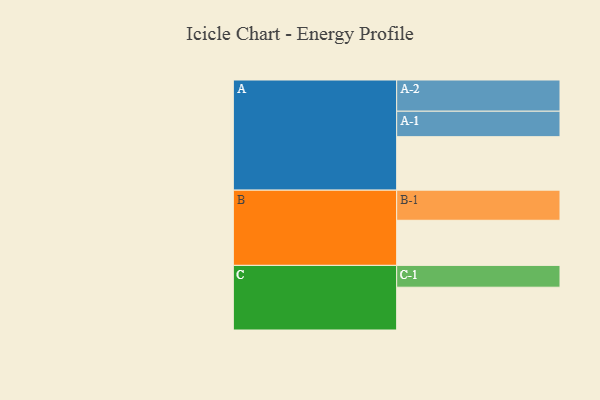
{"axis": {"x": "Segment", "y": "Value"}, "legend": ["", "A", "B", "C"], "data": [{"x": "A", "y": 485, "type": ""}, {"x": "B", "y": 409, "type": ""}, {"x": "C", "y": 388, "type": ""}, {"x": "A-1", "y": 231, "type": "A"}, {"x": "A-2", "y": 283, "type": "A"}, {"x": "B-1", "y": 273, "type": "B"}, {"x": "C-1", "y": 198, "type": "C"}]}